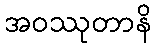
အဝဿုတာနိ